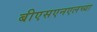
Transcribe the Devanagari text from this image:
बीएसएनएलच्या